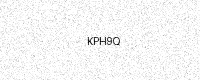
Text: KPH9Q